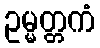
ဥမ္မတ္တကံ